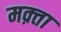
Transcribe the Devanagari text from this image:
मक़्ता